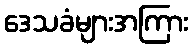
ဒေသခံများအကြား